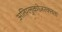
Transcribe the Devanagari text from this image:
अतिग्लुकोज़रक्तता